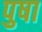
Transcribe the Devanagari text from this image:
पुषा